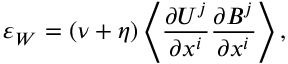
\varepsilon _ { \cal { W } } = ( \nu + \eta ) \left\langle { \frac { \partial U ^ { j } } { \partial x ^ { i } } \frac { \partial B ^ { j } } { \partial x ^ { i } } } \right\rangle ,